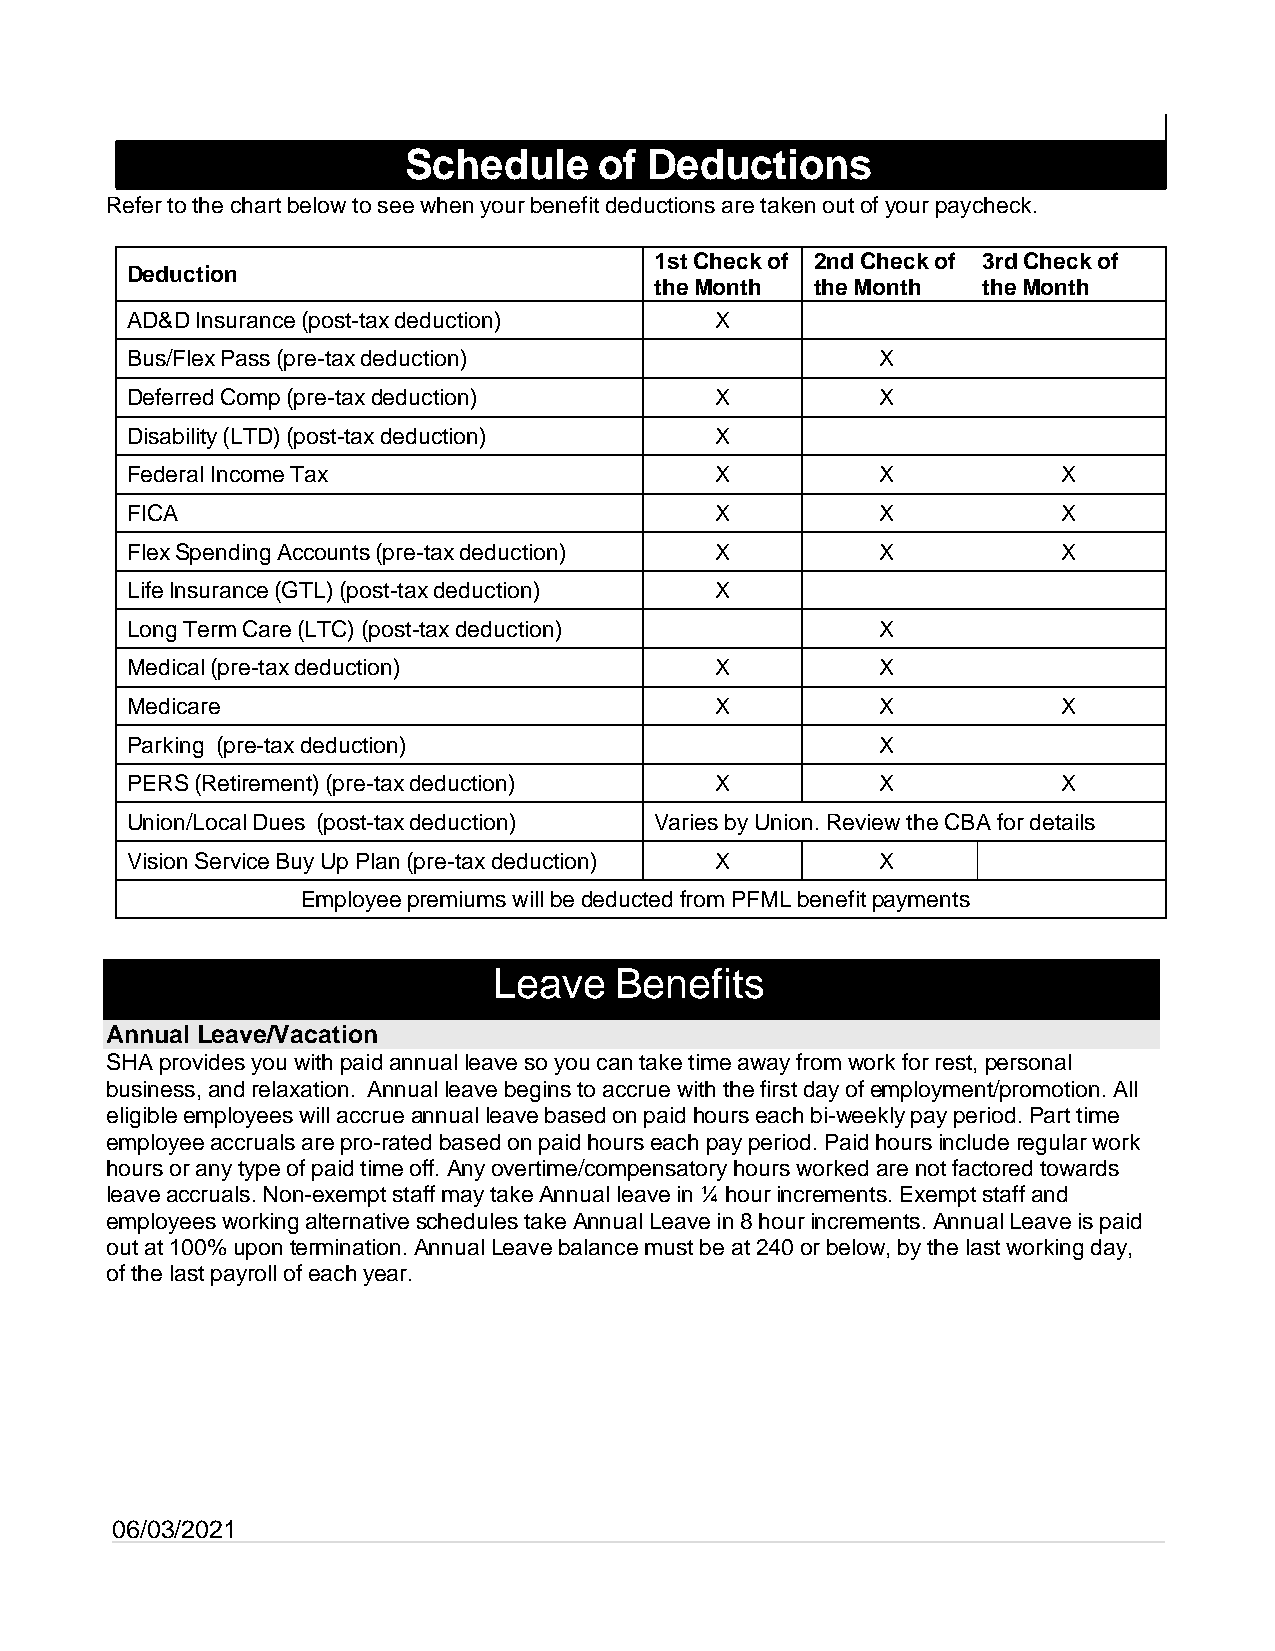
Schedule     of Deductions
 Refer to the chart below to see when your benefit deductions are taken out of your paycheck.
 1st Check of 2nd Check of 3rd Check of
 Deduction
 the Month  the Month  the Month
 AD&D Insurance (post-tax deduction)    X
 Bus/Flex Pass (pre-tax deduction)                 X
 Deferred Comp (pre-tax deduction)      X          X
 Disability (LTD) (post-tax deduction)  X
 Federal Income Tax                     X          X           X
 FICA                                   X          X           X
 Flex Spending Accounts (pre-tax deduction) X      X           X
 Life Insurance (GTL) (post-tax deduction) X
 Long Term Care (LTC) (post-tax deduction)         X
 Medical (pre-tax deduction)            X          X
 Medicare                               X          X           X
 Parking (pre-tax deduction)                       X
 PERS (Retirement) (pre-tax deduction)  X          X           X
 Union/Local Dues (post-tax deduction) Varies by Union. Review the CBA for details
 Vision Service Buy Up Plan (pre-tax deduction) X  X
 Employee premiums will be deducted from PFML benefit payments
 Leave   Benefits
 Annual Leave/Vacation
 SHA provides you with paid annual leave so you can take time away from work for rest, personal
 business, and relaxation. Annual leave begins to accrue with the first day of employment/promotion. All
 eligible employees will accrue annual leave based on paid hours each bi-weekly pay period. Part time
 employee accruals are pro-rated based on paid hours each pay period. Paid hours include regular work
 hours or any type of paid time off. Any overtime/compensatory hours worked are not factored towards
 leave accruals. Non-exempt staff may take Annual leave in ¼ hour increments. Exempt staff and
 employees working alternative schedules take Annual Leave in 8 hour increments. Annual Leave is paid
 out at 100% upon termination. Annual Leave balance must be at 240 or below, by the last working day,
 of the last payroll of each year.
 06/03/2021